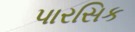
પારસિક